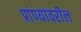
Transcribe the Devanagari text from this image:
प्रांण्यांवरील